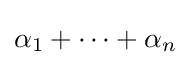
\alpha _{1}+\cdots +\alpha _{n}